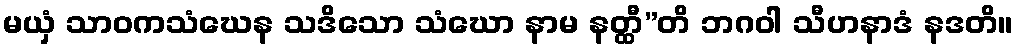
မယှံ သာဝကသံဃေန သဒိသော သံဃော နာမ နတ္ထီ”တိ ဘဂဝါ သီဟနာဒံ နဒတိ။